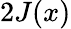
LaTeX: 2J(x)